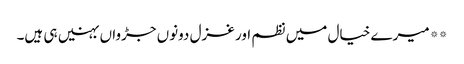
**میرے خیال میں نظم اور غزل دونوں جڑواں بہنیں ہی ہیں۔